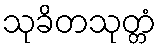
သုခိတသုတ္တံ